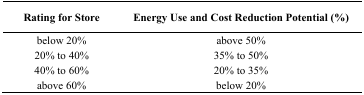
| Rating for Store | Energy Use and Cost Reduction Potential (%) |
 | --- | --- |
 | below 20% | above 50% |
 | 20% to 40% | 35% to 50% |
 | 40% to 60% | 20% to 35% |
 | above 60% | below 20% |